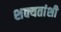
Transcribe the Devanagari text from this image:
शक्यतांशी